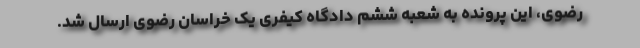
رضوی، این پرونده به شعبه ششم دادگاه کیفری یک خراسان رضوی ارسال شد.